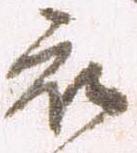
被